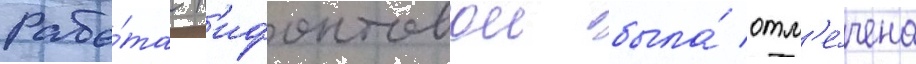
Рабо́та н'ифонтовои была́ отм'е́чена